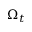
\Omega _ { t }